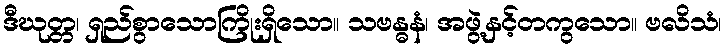
ဒီဃုတ္တ၊ ရှည်စွာသောကြိုးရှိသော။ သဗန္ဓနံ၊ အဖွဲ့နှင့်တကွသော။ ဗလိသံ၊